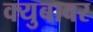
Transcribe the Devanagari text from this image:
क्युबावर